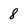
Character: 8